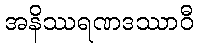
အနိဿရဏဒဿာဝီ